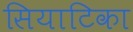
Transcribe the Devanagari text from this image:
सियाटिका